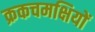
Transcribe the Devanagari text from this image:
क्रकचमक्षियों